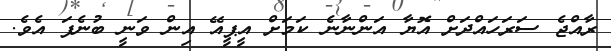
ރާއްޖެ ސަރަހައްދަށް އޮޔާ އަންނާނެ ކަމަށް އީޕީއޭ އިން ވަނީ ބުނެފަ އެވެ.